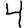
Digit: 4